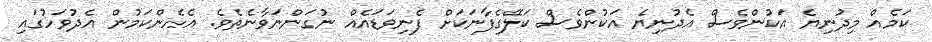
ކަމެއް މިދުނިޔެ އަކުންވެސް އެދުނިޔެ އަކުންވެސް ކަލޭގެފާނަކަށް ފެނިވަޑައެއް ނުގަންނަވާނެތެވެ. އެހެންކަމުން އެދުވަހުގައި